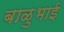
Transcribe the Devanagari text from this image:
बाळुभाई